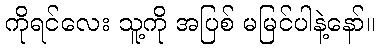
ကိုရင်လေး သူ့ကို အပြစ် မမြင်ပါနဲ့နော်။